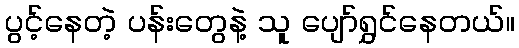
ပွင့်နေတဲ့ ပန်းတွေနဲ့ သူ ပျော်ရွှင်နေတယ်။